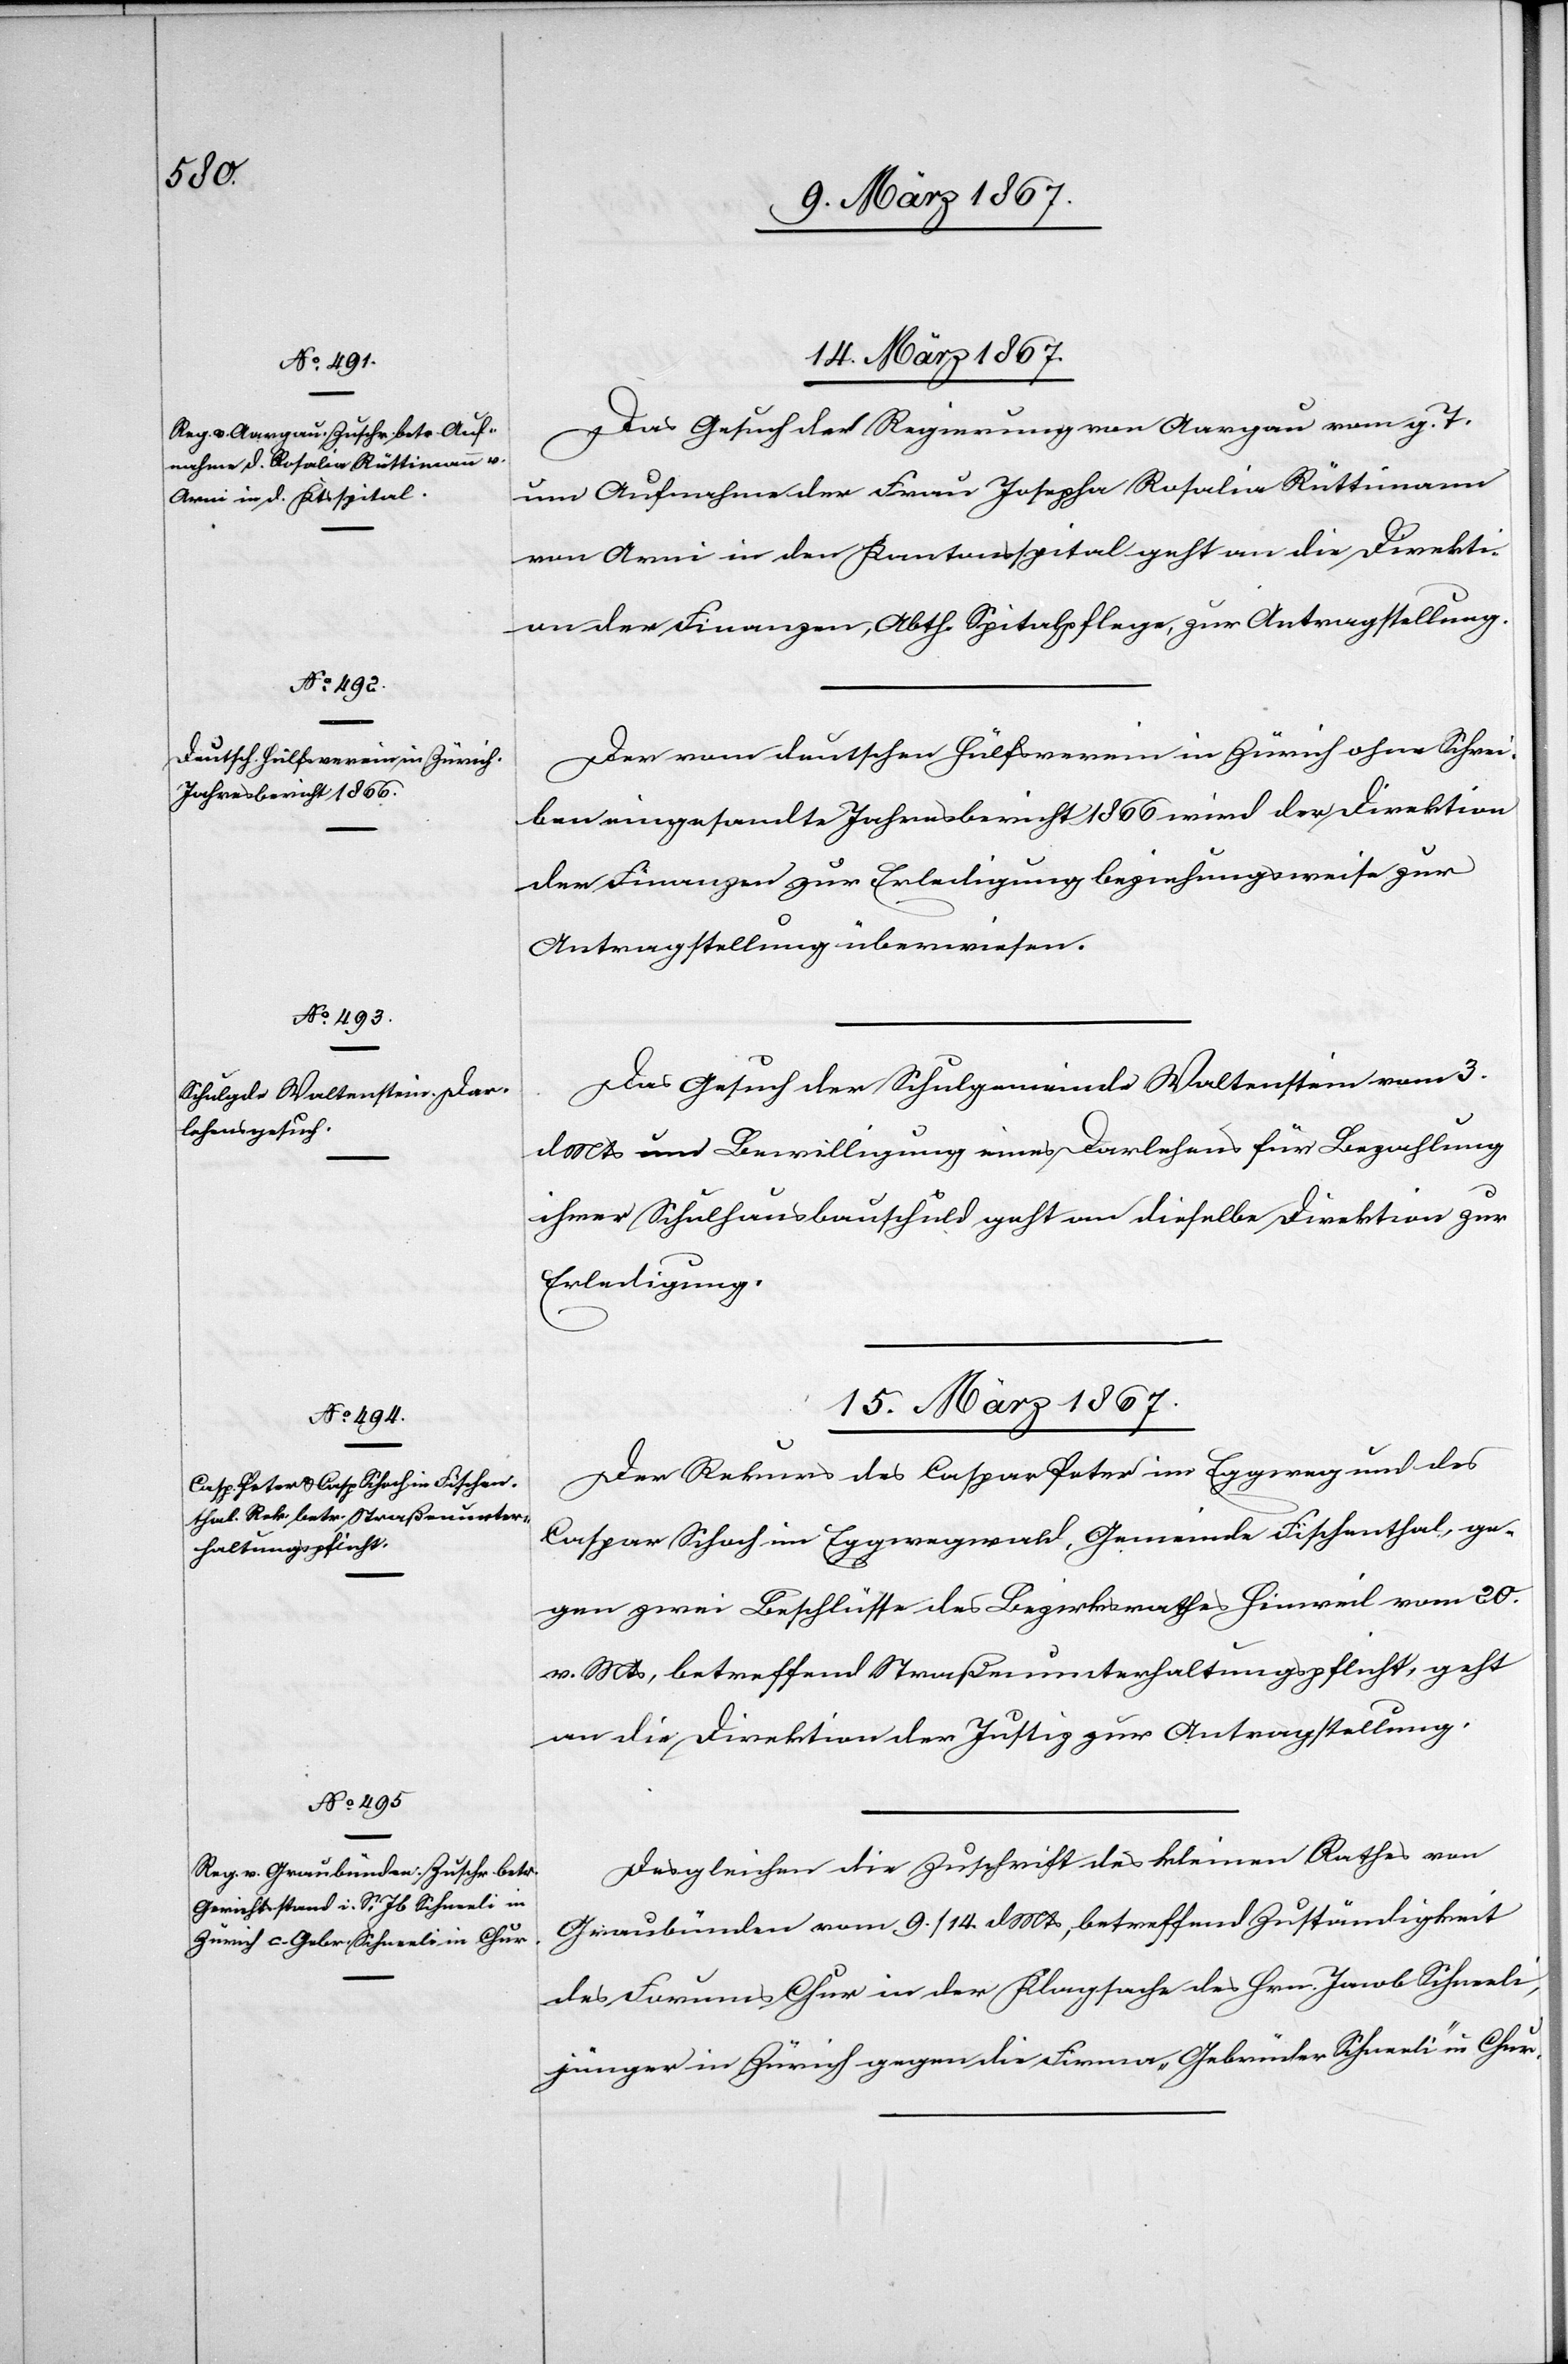
14. März 1867.]
Das Gesuch der Regierung von Aargau vom g. T.
um Aufnahme der Frau Josepha Rosalia Rüttimann
von Arni in den Kantonsspital geht an die Direkti¬
on der Finanzen, Abth. Spitalpflege, zur Antragstellung.
Der vom deutschen Hülfsverein in Zürich ohne Schrei¬
ben eingesandte Jahresbericht 1866 wird der Direktion
der Finanzen zur Erledigung beziehungsweise zur
Antragstellung überwiesen.
Das Gesuch der Schulgemeinde Waltenstein vom 3.
d. Mts um Bewilligung eines Darlehens für Bezahlung
ihrer Schulhausbauschuld geht an dieselbe Direktion zur
Erledigung.
15. März 1867.]
Der Rekurs des Caspar Peter im Eggweg und des
Caspar Schoch im Eggwegwald, Gemeinde Fischenthal, ge¬
gen zwei Beschlüsse des Bezirksrathes Hinweil vom 20.
v. Mts, betreffend Straßenunterhaltungspflicht, geht
an die Direktion der Justiz zur Antragstellung.
Desgleichen die Zuschrift des kleinen Rathes von
Graubünden vom 9. / 14. d. Mts, betreffend Zuständigkeit
des Forums Chur in der Klagsache des Hrn. Jacob Schneeli,
jünger in Zürich gegen die Firma „Gebrüder Schneeli“ in Chur.